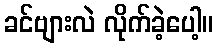
ခင်ဗျားလဲ လိုက်ခဲ့ပေါ့။